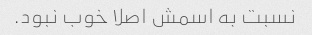
نسبت به اسمش اصلا خوب نبود.